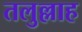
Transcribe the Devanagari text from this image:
तलुल्लाह